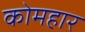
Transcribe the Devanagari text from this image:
कोमहार